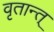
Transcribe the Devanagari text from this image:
वृतान्त्